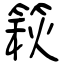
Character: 篍